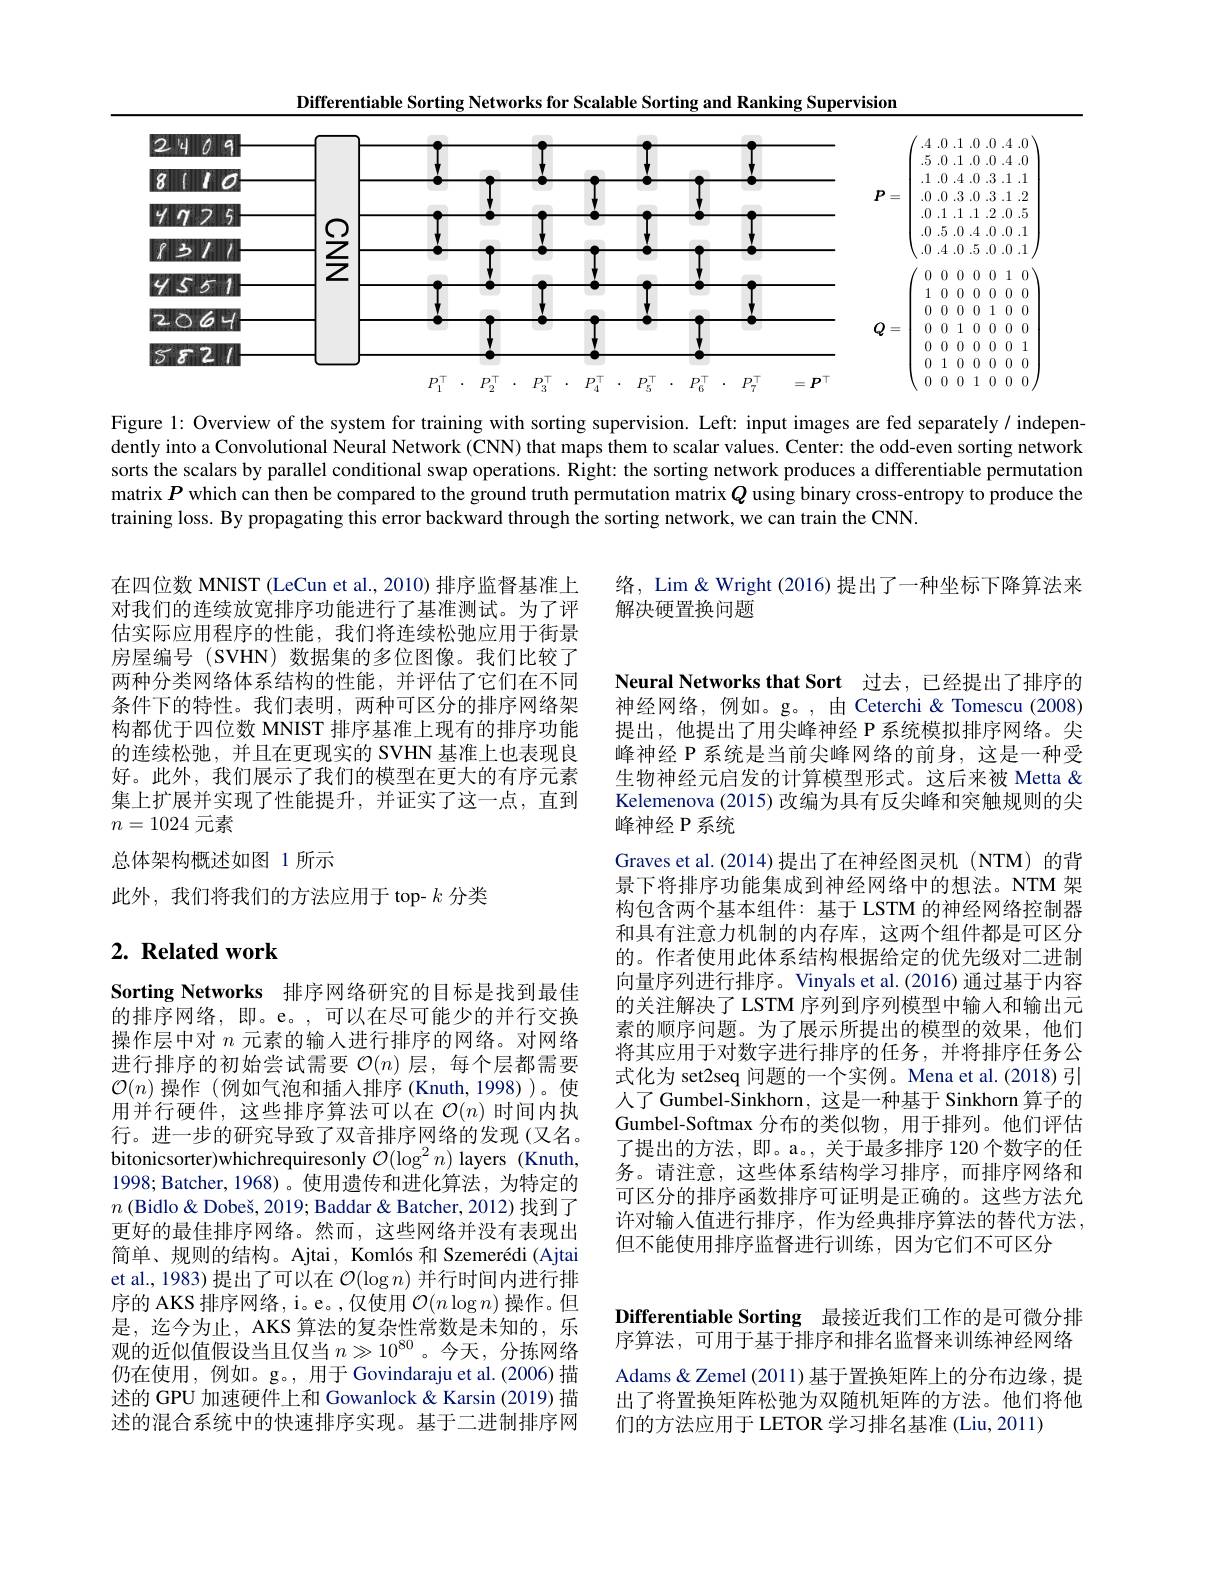
Differentiable Sorting Networks for Scalable Sorting and Ranking Supervision
<FigureHere>

Figure 1: Overview of the system for training with sorting supervision. Left: input images are fed separately/ independently into a Convolutional Neural Network (CNN) that maps them to scalar values. Center: the odd-even sorting network sorts the scalars by parallel conditional swap operations. Right: the sorting network produces a differentiable permutation matrix $P$ which can then be compared to the ground truth permutation matrix $Q$ using binary cross-entropy to produce the training loss. By propagating this error backward through the sorting network, we can train the CNN.

络，Lim& Wright (2016) 提出了一种坐标下降算法来
解决硬置换问题

在四位数 MNIST (LeCun et al., 2010) 排序监督基准上对我们的连续放宽排序功能进行了基准测试。为了评估实际应用程序的性能，我们将连续松弛应用于街景房屋编号 (SVHN) 数据集的多位图像。我们比较了两种分类网络体系结构的性能，并评估了它们在不同条件下的特性。我们表明，两种可区分的排序网络架构都优于四位数 MNIST 排序基准上现有的排序功能的连续松弛，并且在更现实的 SVHN 基准上也表现良好。此外，我们展示了我们的模型在更大的有序元素集上扩展并实现了性能提升，并证实了这一点，直到$n=1024$元素
总体架构概述如图 1 所示
此外，我们将我们的方法应用于 top- $k$分类

# $2. \textbf{ Related work}$

Neural Networks that Sort 过去，已经提出了排序的神经网络，例如。g。,由 Ceterchi & Tomescu (2008) 提出，他提出了用尖峰神经 P 系统模拟排序网络。尖峰神经 P 系统是当前尖峰网络的前身，这是一种受生物神经元启发的计算模型形式。这后来被 Metta & Kelemenova (2015) 改编为具有反尖峰和突触规则的尖峰神经 P 系统
Graves et al.(2014)提出了在神经图灵机(NTM)的背景下将排序功能集成到神经网络中的想法。NTM 架构包含两个基本组件：基于 LSTM 的神经网络控制器和具有注意力机制的内存库，这两个组件都是可区分的。作者使用此体系结构根据给定的优先级对二进制向量序列进行排序。Vinyals et al.(2016) 通过基于内容的关注解决了 LSTM 序列到序列模型中输人和输出元素的顺序问题。为了展示所提出的模型的效果，他们将其应用于对数字进行排序的任务，并将排序任务公式化为 set2seq 问题的一个实例。Mena et al.(2018)引人了 Gumbel-Sinkhorn, 这是一种基于 Sinkhorn 算子的Gumbel-Softmax 分布的类似物，用于排列。他们评估了提出的方法，即。a。, 关于最多排序 120 个数字的任务。请注意，这些体系结构学习排序，而排序网络和可区分的排序函数排序可证明是正确的。这些方法允许对输入值进行排序，作为经典排序算法的替代方法， 但不能使用排序监督进行训练，因为它们不可区分

Sorting Networks 排序网络研究的目标是找到最佳的排序网络，即。e。,可以在尽可能少的并行交换操作层中对$n$元素的输人进行排序的网络。对网络进行排序的初始尝试需要$\mathcal{O}(n)$层，每个层都需要$\mathcal{O}(n)$操作 (例如气泡和插入排序(Knuth,1998))。使用并行硬件，这些排序算法可以在$\mathcal{O}(n)$时间内执行。进一步的研究导致了双音排序网络的发现(又名。bitonicsorter)whichrequiresonly $\mathcal{O}(\log^2n)$ layers (Knuth, 1998; Batcher, 1968)。使用遗传和进化算法，为特定的$n$ (Bidlo& Dobeš, 2019; Baddar & Batcher, 2012) 找到了更好的最佳排序网络。然而，这些网络并没有表现出简单、规则的结构。Ajtai, Komlós 和 Szemerédi (Ajtai et al., 1983) 提出了可以在$\mathcal{O}(\log n)$并行时间内进行排序的 AKS 排序网络，i。e。,仅使用$\mathcal{O}(n\log n)$操作。但是，迄今为止，AKS 算法的复杂性常数是未知的，乐观的近似值假设当且仅当$n\gg10^{80}$ 。今天，分拣网络仍在使用，例如。g。, 用于 Govindaraju et al.(2006)描述的 GPU 加速硬件上和 Gowanlock & Karsin (2019) 描述的混合系统中的快速排序实现。基于二进制排序网

Differentiable Sorting 最接近我们工作的是可微分排序算法，可用于基于排序和排名监督来训练神经网络Adams&Zemel(2011)基于置换矩阵上的分布边缘，提出了将置换矩阵松弛为双随机矩阵的方法。他们将他们的方法应用于 LETOR 学习排名基准 (Liu, 2011)